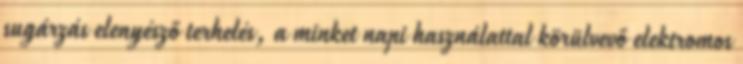
sugárzás elenyésző terhelés, a minket napi használattal körülvevő elektromos